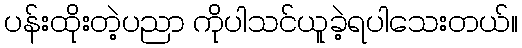
ပန်းထိုးတဲ့ပညာ ကိုပါသင်ယူခဲ့ရပါသေးတယ်။